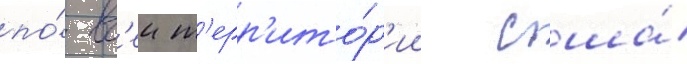
по́ вс'еи т'ерр'ито́р'ии сша́